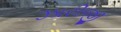
ઝારીજી